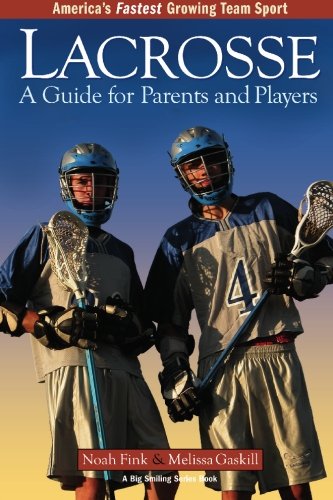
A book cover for Lacrosse: A Guide For Parents And Players (Big Smiling Series Book); Noah Fink; Sports & Outdoors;